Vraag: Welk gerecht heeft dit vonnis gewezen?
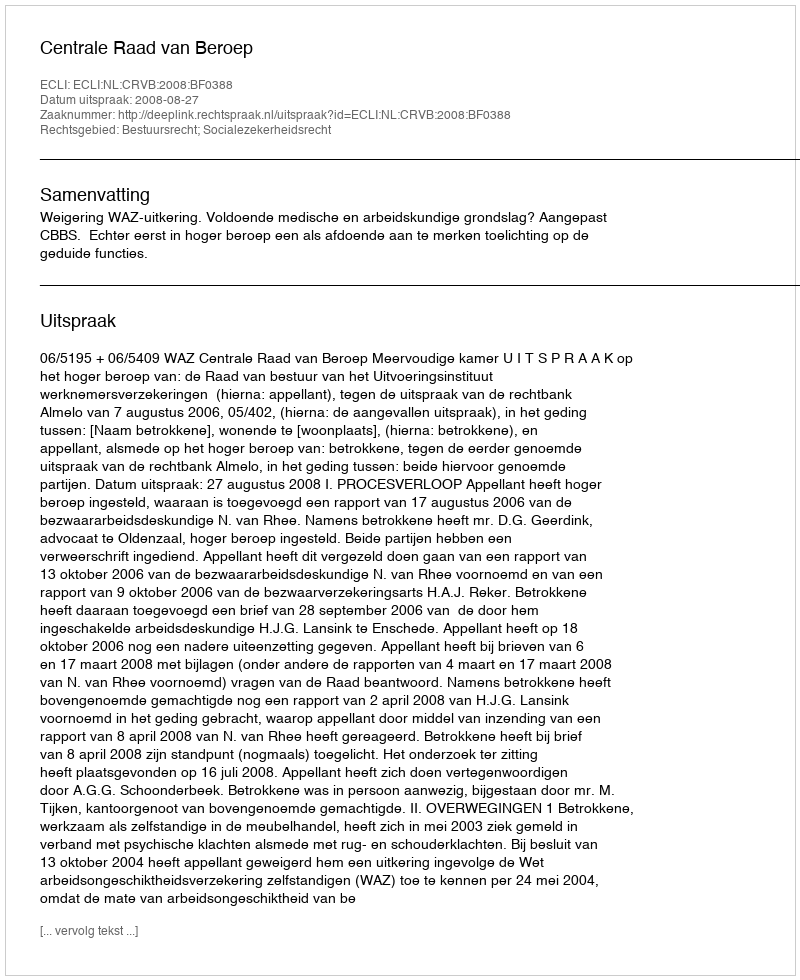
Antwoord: Centrale Raad van Beroep